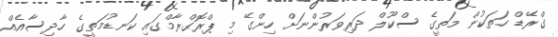
ގްރޭޑް ހަތަކުން މަތީގެ ސްކޫލް ދަރިވަރުންނަށް ހިންގޭ މި ޕްރޮގްރާމްގައި ކަނޑުމަތީގެ ހާދިސާއެއް